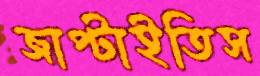
জাপ্‌টাইতিস